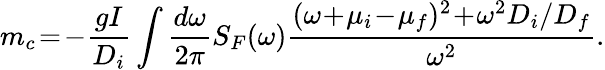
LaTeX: m_{c}\! =\! -\frac{gI}{D_{i}}\int\frac{d\omega}{2\pi}S_{F}(\omega)\frac{(\omega\! +\! \mu_{i}\! -\! \mu_{f})^{2}\! +\! \omega^{2}D_{i}/D_{f}}{\omega^{2}}.